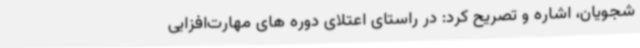
شجویان، اشاره و تصریح کرد: در راستای اعتلای دوره های مهارت‌افزایی